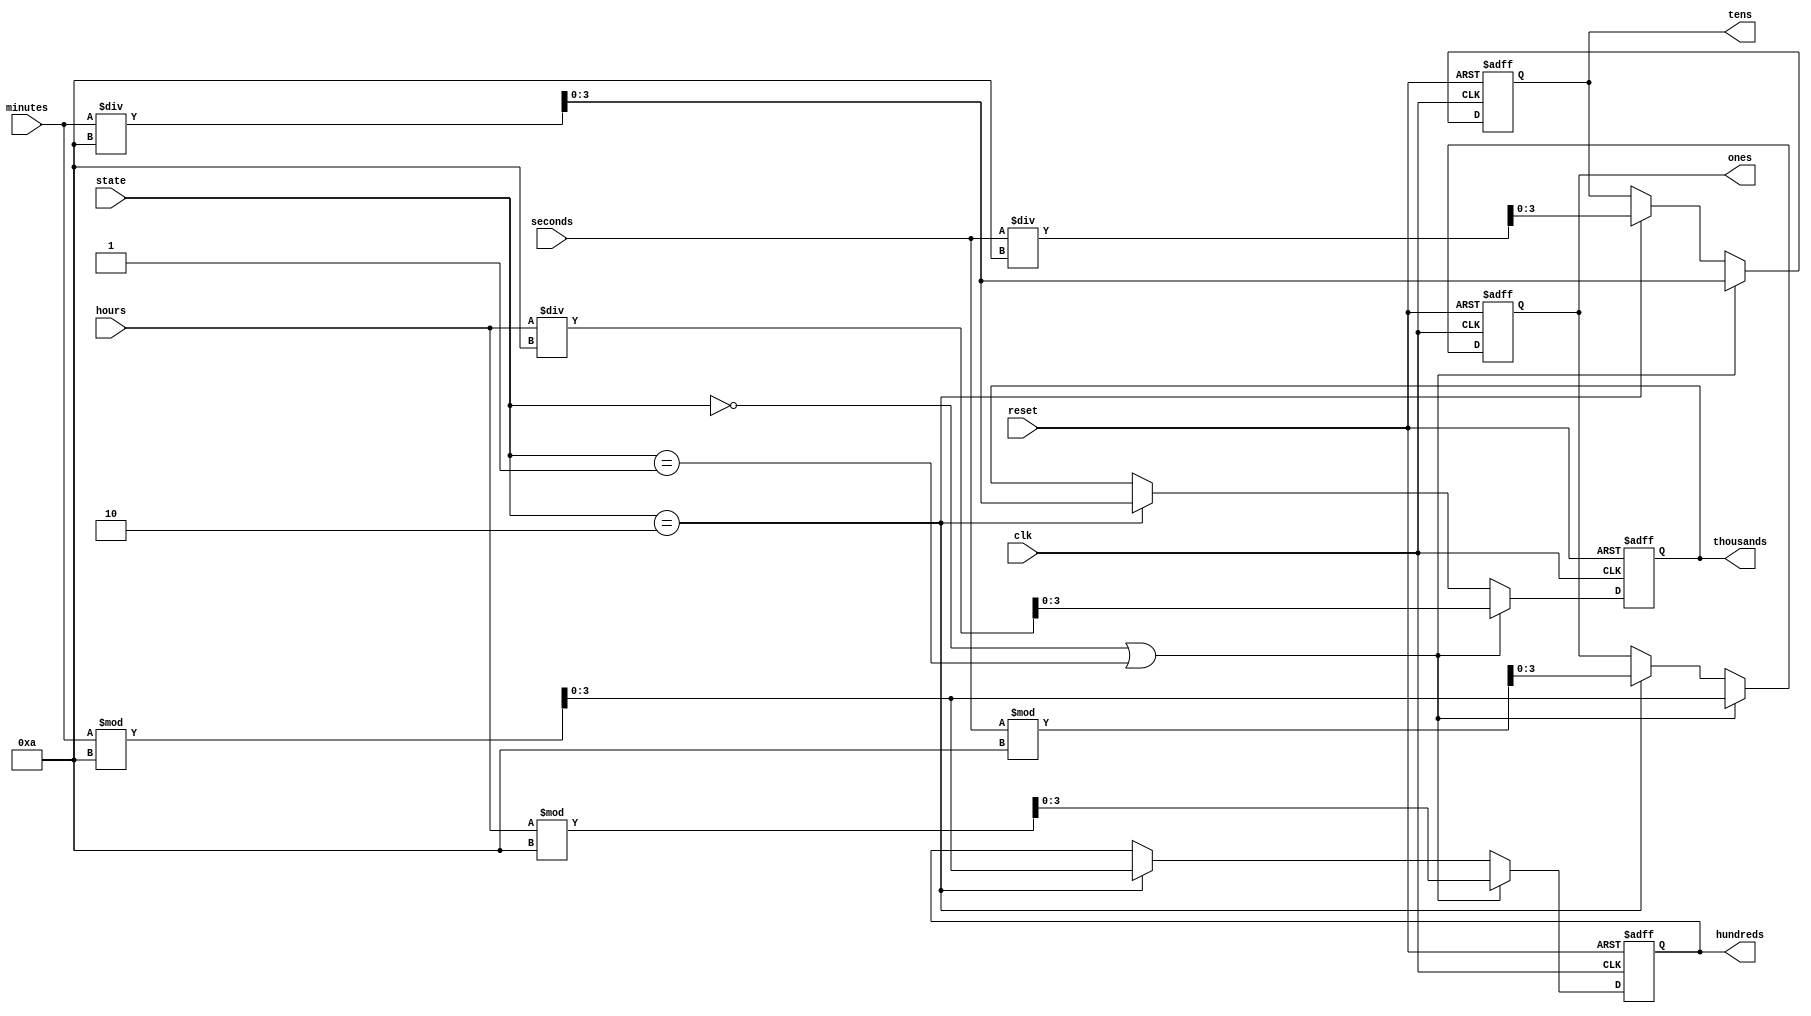
`timescale 1ns / 1ps

module digits(
    input clk,
    input reset,
	input [1:0] state,
    input [5:0] seconds, minutes,
    input [4:0] hours,
    output reg [3:0] ones,
    output reg [3:0] tens,
    output reg [3:0] hundreds,
    output reg [3:0] thousands
    );
    
    // ones, tens, hundreds, and thousands control
    always @(posedge clk or posedge reset)
    begin
        if (reset) begin
            ones <= 0;
            tens <= 0;
            hundreds <= 0;
            thousands <= 0;
        end 
        else begin
			if(state==0 || state==1) begin
				ones <= minutes % 10;
				tens <= minutes / 10;
				hundreds <= hours % 10;
				thousands <= hours / 10;
			end
			else if(state==2) begin
				ones <= seconds % 10;
				tens <= seconds / 10;
				hundreds <= minutes % 10;
				thousands <= minutes / 10;
			end
        end
    end
endmodule